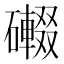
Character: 𱴿